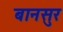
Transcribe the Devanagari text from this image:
बानसुर